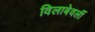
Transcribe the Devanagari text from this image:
विलाबेवर्ली